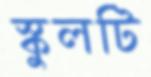
স্কুলটি